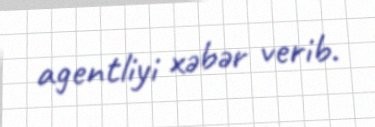
agentliyi xəbər verib.